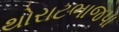
થોરાટભાજપા